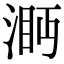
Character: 㴐